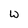
Character: w